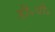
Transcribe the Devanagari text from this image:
डी॰वी॰